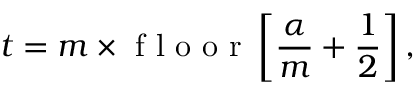
t = m \times \mathrm { ~ f ~ l ~ o ~ o ~ r ~ } \left[ \frac { \alpha } { m } + \frac { 1 } { 2 } \right] ,